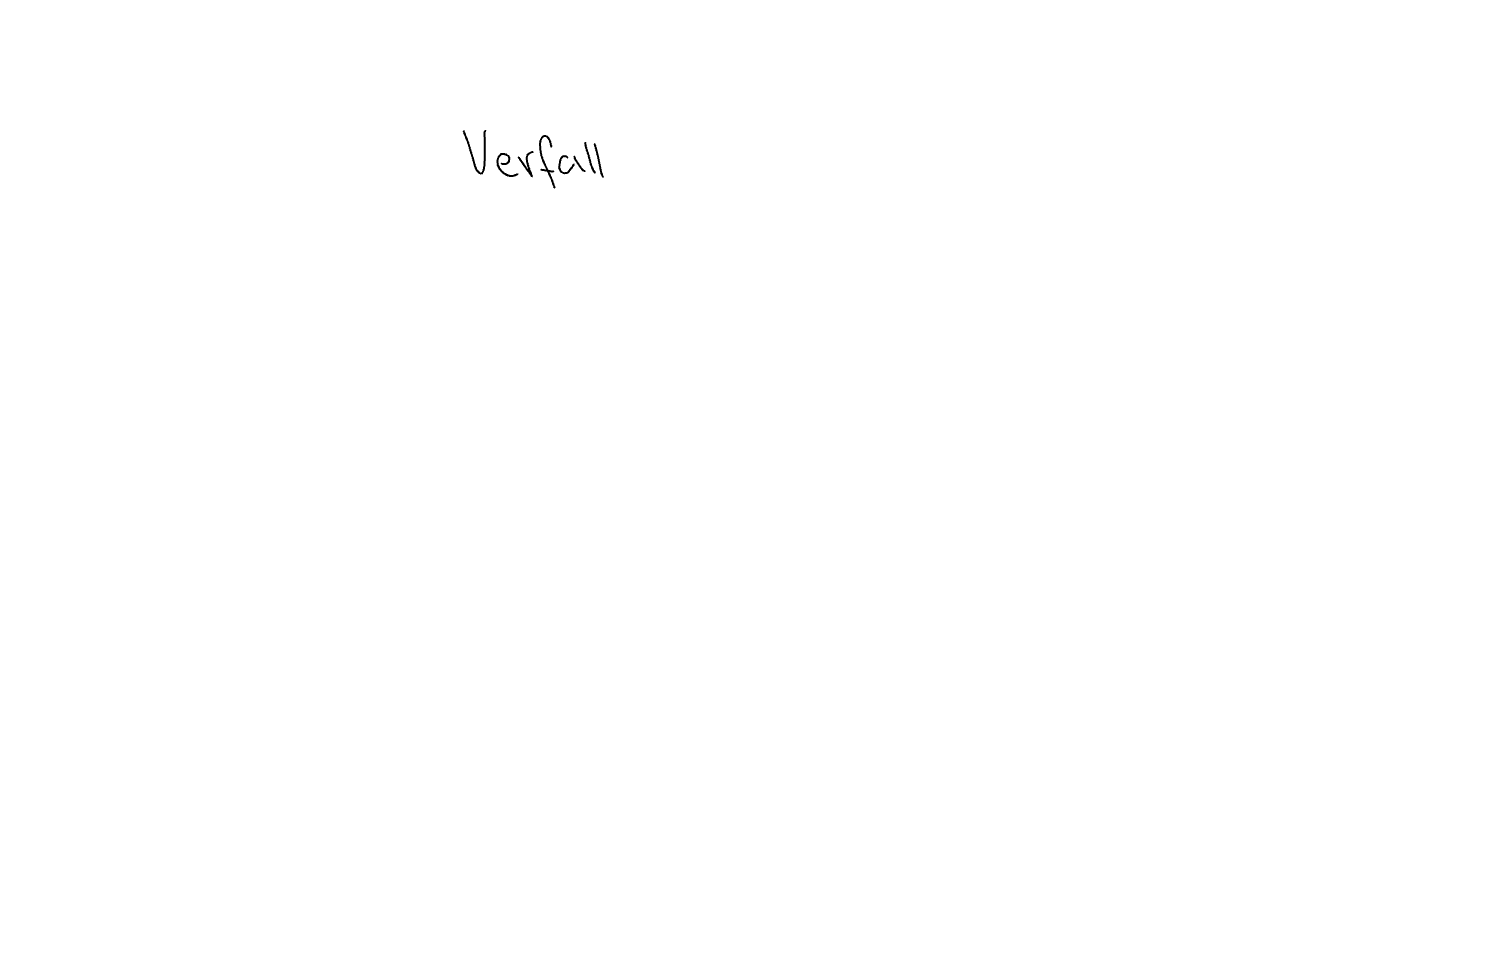
Text: Verfall